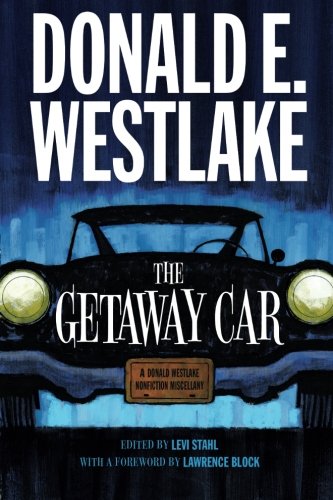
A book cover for The Getaway Car: A Donald Westlake Nonfiction Miscellany; Donald E. Westlake; Mystery, Thriller & Suspense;